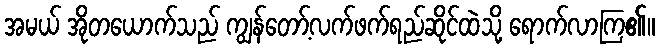
အမယ် အိုတယောက်သည် ကျွန်တော့်လက်ဖက်ရည်ဆိုင်ထဲသို့ ရောက်လာကြ၏။